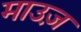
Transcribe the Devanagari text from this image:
माउज़